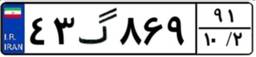
۴۳گ۸۶۹۹۱